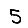
Digit: 5